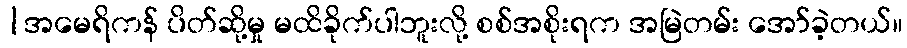
|အမေရိကန် ပိတ်ဆို့မှု မထိခိုက်ပါဘူးလို့ စစ်အစိုးရက အမြဲတမ်း အော်ခဲ့တယ်။